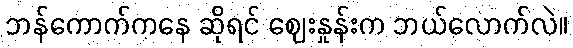
ဘန်ကောက်ကနေ ဆိုရင် ဈေးနှုန်းက ဘယ်လောက်လဲ။